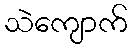
သဲကျောက်